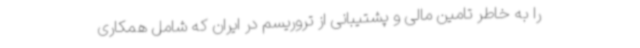
را به خاطر تامین مالی و پشتیبانی از تروریسم در ایران که شامل همکاری